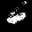
Label: 6